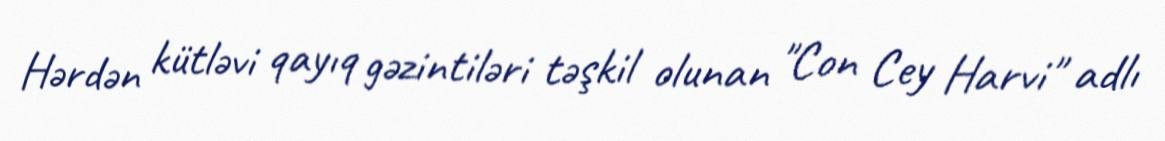
Hərdən kütləvi qayıq gəzintiləri təşkil olunan "Con Cey Harvi" adlı